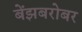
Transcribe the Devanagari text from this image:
बेंझबरोबर